[Report on the health of British troops in the Madras command]
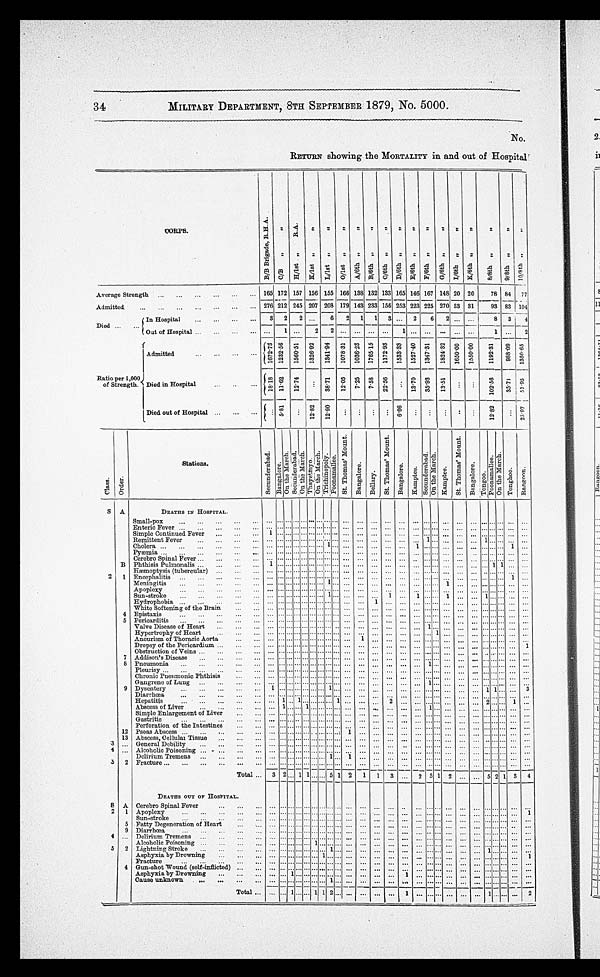
34
MILITARY DEPARTMENT, 8TH SEPTEMBER 1879, No. 5000.
No.
RETURN showing the MORTALITY in and out of Hospital'
CORPS.
B / B B r i g a d e , R . H . A .
C/B " "
H / 1 s t " " R . A .
K / 1 s t " "
L / 1 s t " "
O / 1 s t " "
A / 6 t h " "
B/6th " "C/6th " "
D / 6 t h " "
E / 6 t h " "
F / 6 t h " "
G/6th " "
Average Strength ...
...
...
...
...
165 172 157 156 155 166 138 132 133 165 146 167 148 20 20
78 84 77
Admitted
...
...
...
...
276 212 245 207 208 179 143 233 156 253 223 225 270 33 31
93 83 104
3 2
2 1
2
6
2
In Hospital
2
6
1 3. ...
. I
8 3
4
Died ...
—
Out of Hospital ..
1 ..
2
-
Admitted
.
1 0 7 2 . 7 8
2 3 3 2 . 5 6
1 5 6 0 . 5 1
Ratio per 1,000
of Strength. Died in Hospital
1 8 1 8
1 1 . 6 2
1 2 . 7 4
3 8 . 7 1 CO
12.05
LDied out of Hospital ...
...
...
Stations.
S A
DEATHS IN HOSPITAL.
Small-pox
...
...
...
...
... ... ... ... .-. ... ... ... ... . ... ... ... ... ... ... ...... ... ... ... ... ,.. ... ... ...
Enteric Fever ....,.
...
— — — — — —
— — — — —
— — — —
Simple Continued. Fever
...
...
1
... ... ... ... ...
Remittent Fever
...
... ... ... .....................
..1. ... ... ... .
... ...
1
Cholera ...
...
...
..
1
1
1
...
Cerebro Spinal Fever ...
B Phthisis Pulmonalis ...
.
...
1
Hcemoptysis (tubercular)
...
1
2 1 Encephalitis
1
1
1
Meningitis
...
1 -
1 . .
Apoplexy
1
1
1
Hydrophobia
1
2
White Softening of the Brain
1
1
1
4 Epistaxis
...
...
...
...
...
5 Pericarditis ...
1
1
Hypertrophy of Heart
...
...
... ... ........................ ... ...
1
Aneurism of Thoracic Aorta
...
... ... ... ... .. ... ... ... ... ... ...
... ... ...
... ... ... ... ... ... .
Dropsy of the Pericardium ...
... ... ... ... .. ... .. ... ... ... ... ... ... ... ... ... ... ... ... ... ... ... ... ...
1
Obstruction of Veins ...
...
...
... ... .....
7 Addison's Disease
• .
... ... .. ... .. ...1 . . . ... ... ... ... ...
1
... ... ... ... ... ...
8 Pneumonia
...
...
...
1
1
Pleurisy ...
...
...
1
1
Chronic Pneumonic Phthisis
1
2
2
Gangrene of Lung ..
..
...
9 Dysentery
2
Diarrhoea
...
...
...
...
1
Hepatitis•
1
1
1
Abscess of Liver...
..
...
...
1
1
Simple Enlargement of Liver
2
1
2 . . .
Gastritis
... ... - ... -.... —2 — — ... -. ... .1.. . . .
. . .
. . . . -
1... ... ... ......... ... ...
12
Perforation of the Intestines
Psoas Abscess
1
1
1
13
...
...
Abscess, Cellular Tissue ...
...
...
1
1
...
General Debility
Delirium Tremens...
...
...
............... 1 ... .1 ...
..
... ... ... ... ... ... .
... .
Total ... 3 2
1 1.... 5 1 2 1 1 3 ... 2 5
... 5 2 1
4
1 2 ...
DEATHS OUT OF HOSPITAL.
S A Cerebro Spinal Fever
...
....
2 1 Apoplexy
...
...
...
1
5 F
Sun-stroke
...
...
atty Degeneration of Heart
... ...
... .......................
. ...
9 Diarrhoea
1
Alcoholic Poisoning ...
...
...
... ... ........... 1
1
Fracture
... ... ... ... ... ... ...
1
Cause unknown
1
1
2
1
2